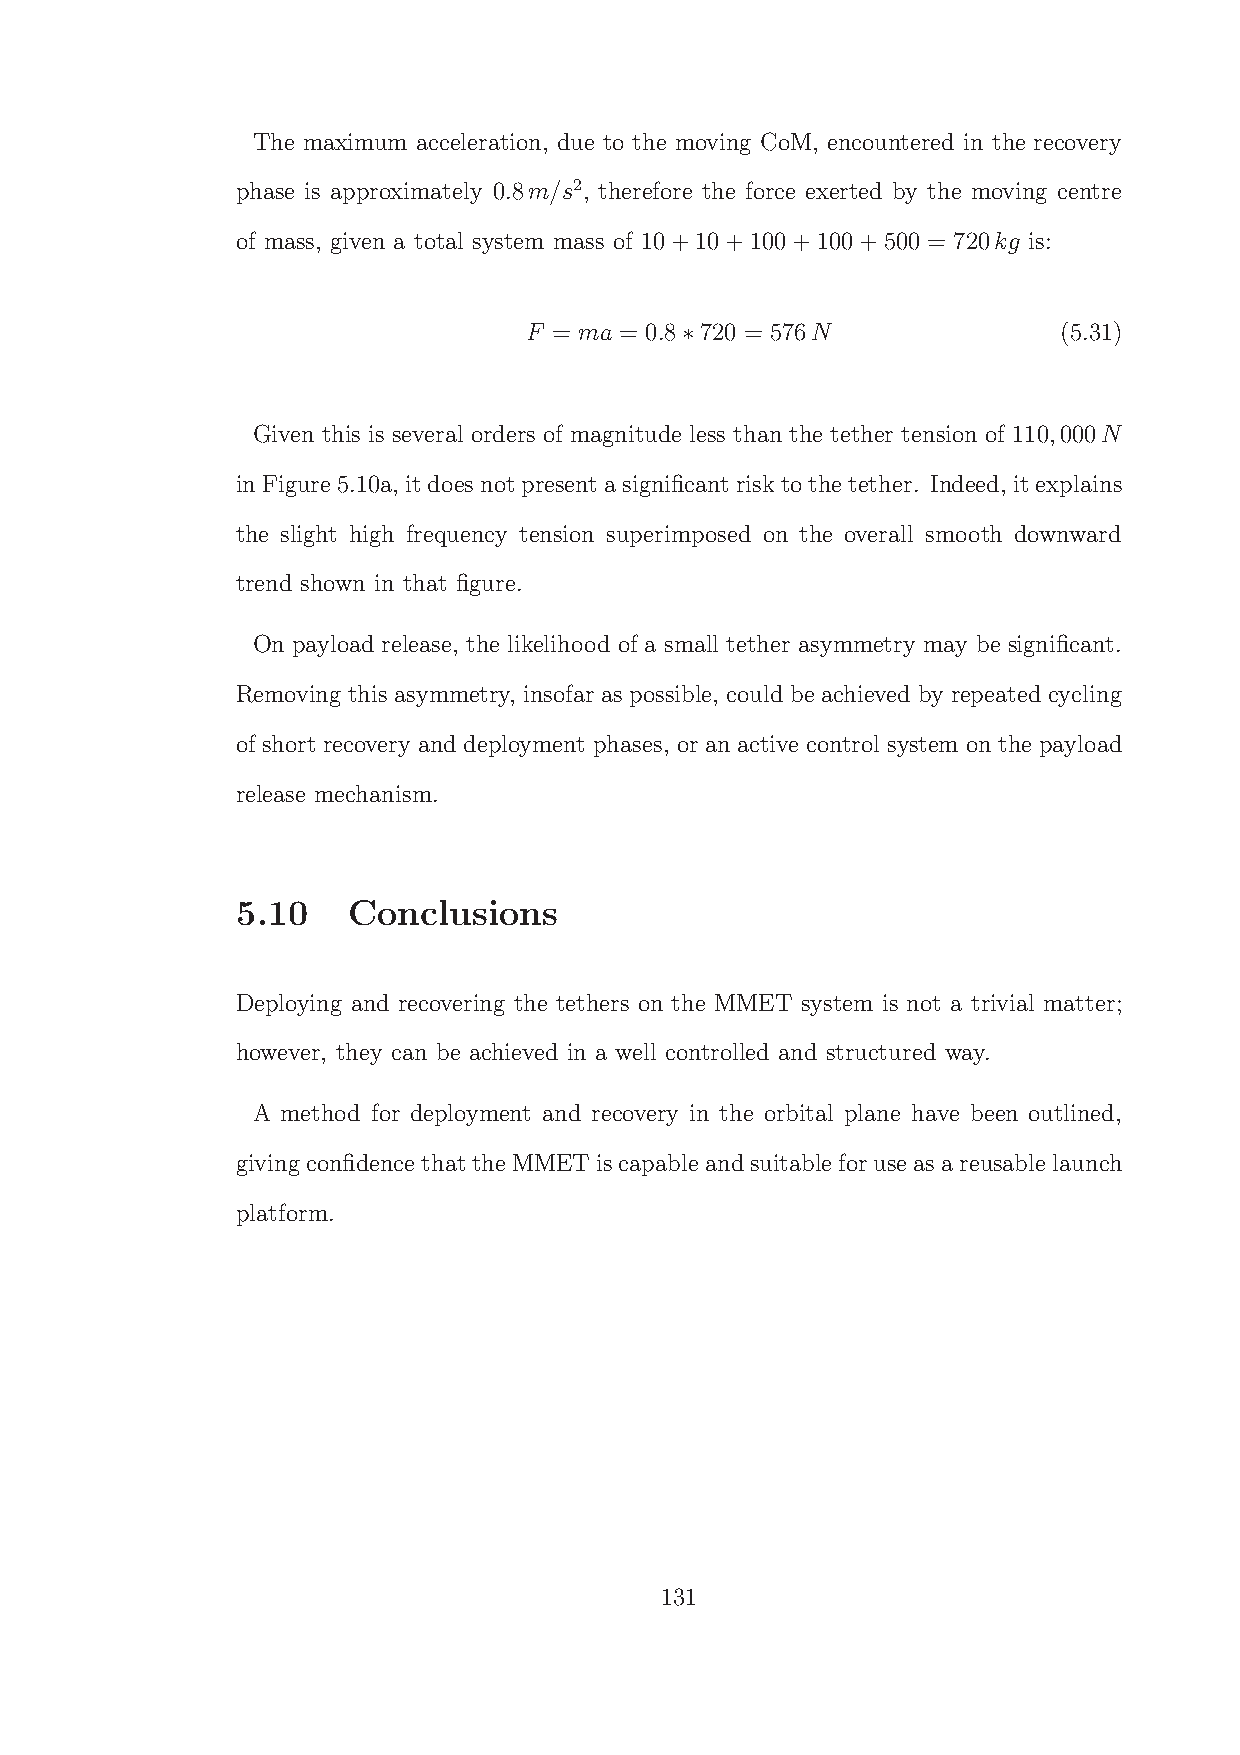
The maximum acceleration, due to the moving CoM, encountered in the recovery
 phase is approximately 0.8m/s2, therefore the force exerted by the moving centre
 of mass, given a total system mass of 10+10+100+100+500 = 720kg is:
 F = ma = 0.8 720 = 576N            (5.31)
 ∗
 Given this is several orders of magnitude less than the tether tension of 110,000N
 inFigure5.10a, itdoesnotpresent asignificant risktothetether. Indeed, itexplains
 the slight high frequency tension superimposed on the overall smooth downward
 trend shown in that figure.
 On payload release, the likelihood of a small tether asymmetry may be significant.
 Removing this asymmetry, insofar as possible, could be achieved by repeated cycling
 of short recovery and deployment phases, or an active control system on the payload
 release mechanism.
 5.10   Conclusions
 Deploying and recovering the tethers on the MMET system is not a trivial matter;
 however, they can be achieved in a well controlled and structured way.
 A method for deployment and recovery in the orbital plane have been outlined,
 givingconfidencethattheMMETiscapableandsuitableforuseasareusablelaunch
 platform.
 131